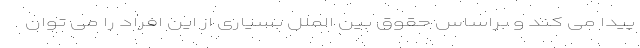
پیدا می کند و براساس حقوق بین الملل بسیاری از این افراد را می توان